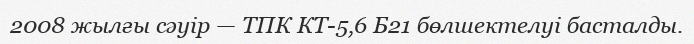
2008 жылғы сәуір — ТПК КТ-5,6 Б21 бөлшектелуі басталды.